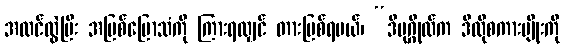
အထင်လွဲပြီး အပြစ်ပြောသံကို ကြားရလျှင် တားမြစ်ရမယ်၊ “ဒီပုဂ္ဂိုလ်က ဒီလိုစကားမျိုးကို